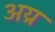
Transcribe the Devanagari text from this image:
अय्र